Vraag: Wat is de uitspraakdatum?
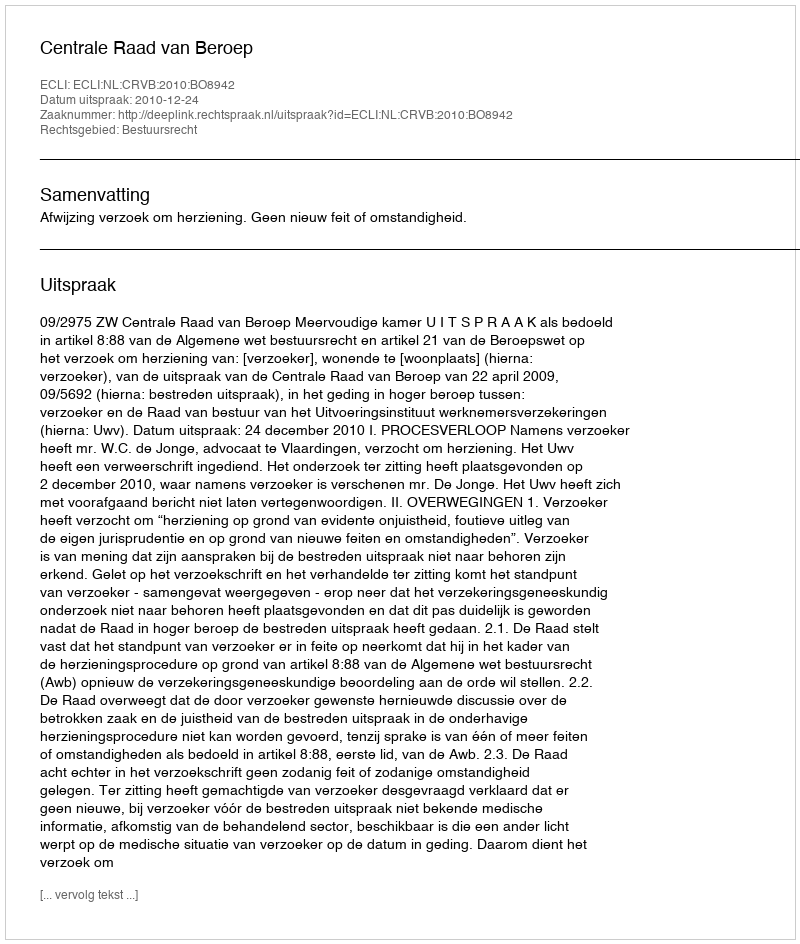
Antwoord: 2010-12-24